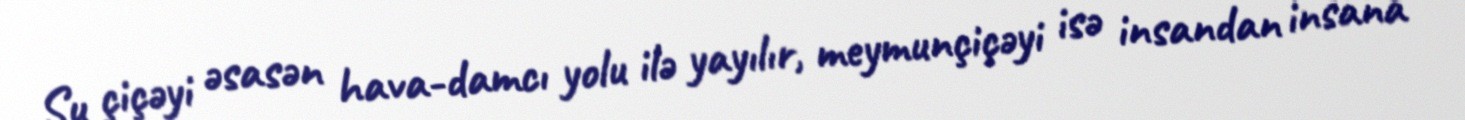
Su çiçəyi əsasən hava-damcı yolu ilə yayılır, meymunçiçəyi isə insandan insana